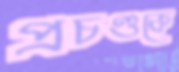
প্রচণ্ডকে